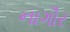
નાગૌર